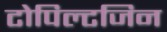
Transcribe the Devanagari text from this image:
टोपिल्टजिन